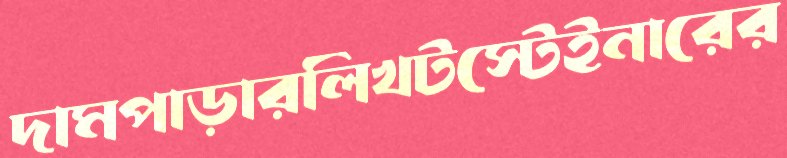
দামপাড়ারলিখটস্টেইনারের